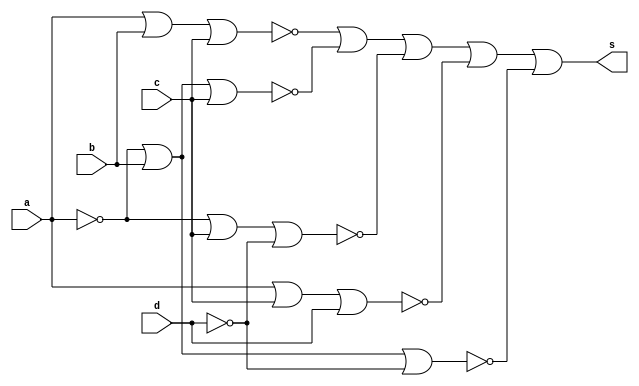
// --Pontificia Universidade Catolica de Minas Gerais
// -- Guia 08 - 30/09/2010
// -- Nome: Jonathan Felipe Xavier	Matricula: 415704

module simplificada (s, a, b, c ,d);
input a,b,c,d;
output s;

nor NOR1 (q0,a,a);
nor NOR2 (q1,b,b);
nor NOR3 (q2,d,d);
nor NOR4 (q3,a,b,c);
nor NOR5 (q4,q0,b,c);
nor NOR6 (q5,q0,c,q2);
nor NOR7 (q6,a,c,d);
nor NOR8 (q7,q0,b,q2);
nor NOR9 (q8,q3,q4,q5,q6,q7);
nor NOR10 (s,q8,q8);
endmodule

module Teste ;
reg a,b,c,d;
wire s;
simplificada test  (s,a,b,c,d);
initial begin : start
a=0; b=0; c=0; d=0; 
end

initial begin: main
$display ("Nome: Jonathan Felipe Xavier 	Matricula:415704");
$display ("Circuito simplificado com NOR");
$display ("\n a | b | c | d | = | s |");
$monitor (" %b | %b | %b | %b | = | %2b |",a,b,c,d,s);
#1 a=0; b=0; c=0; d=1; 
#1 a=0; b=0; c=1; d=0;
#1 a=0; b=0; c=1; d=1;
#1 a=0; b=1; c=0; d=0; 
#1 a=0; b=1; c=0; d=1; 
#1 a=0; b=1; c=1; d=0;
#1 a=0; b=1; c=1; d=1;
#1 a=1; b=0; c=0; d=0; 
#1 a=1; b=0; c=0; d=1;
#1 a=1; b=0; c=1; d=0; 
#1 a=1; b=0; c=1; d=1;
#1 a=1; b=1; c=0; d=0; 
#1 a=1; b=1; c=0; d=1;
#1 a=1; b=1; c=1; d=0;
#1 a=1; b=1; c=1; d=1;
end
endmodule